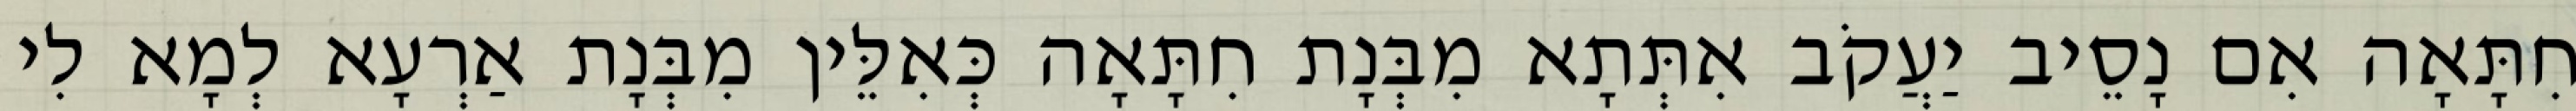
חִתָּאָה אִם נָסֵיב יַעֲקֹב אִתְּתָא מִבְּנָת חִתָּאָה כְּאִלֵּין מִבְּנָת אַרְעָא לְמָא לִי